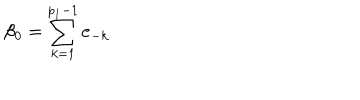
LaTeX: \beta _ { 0 } = \sum _ { k = 1 } ^ { p _ { 1 } - 1 } \mathbf { e } _ { - k }